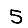
Digit: 5